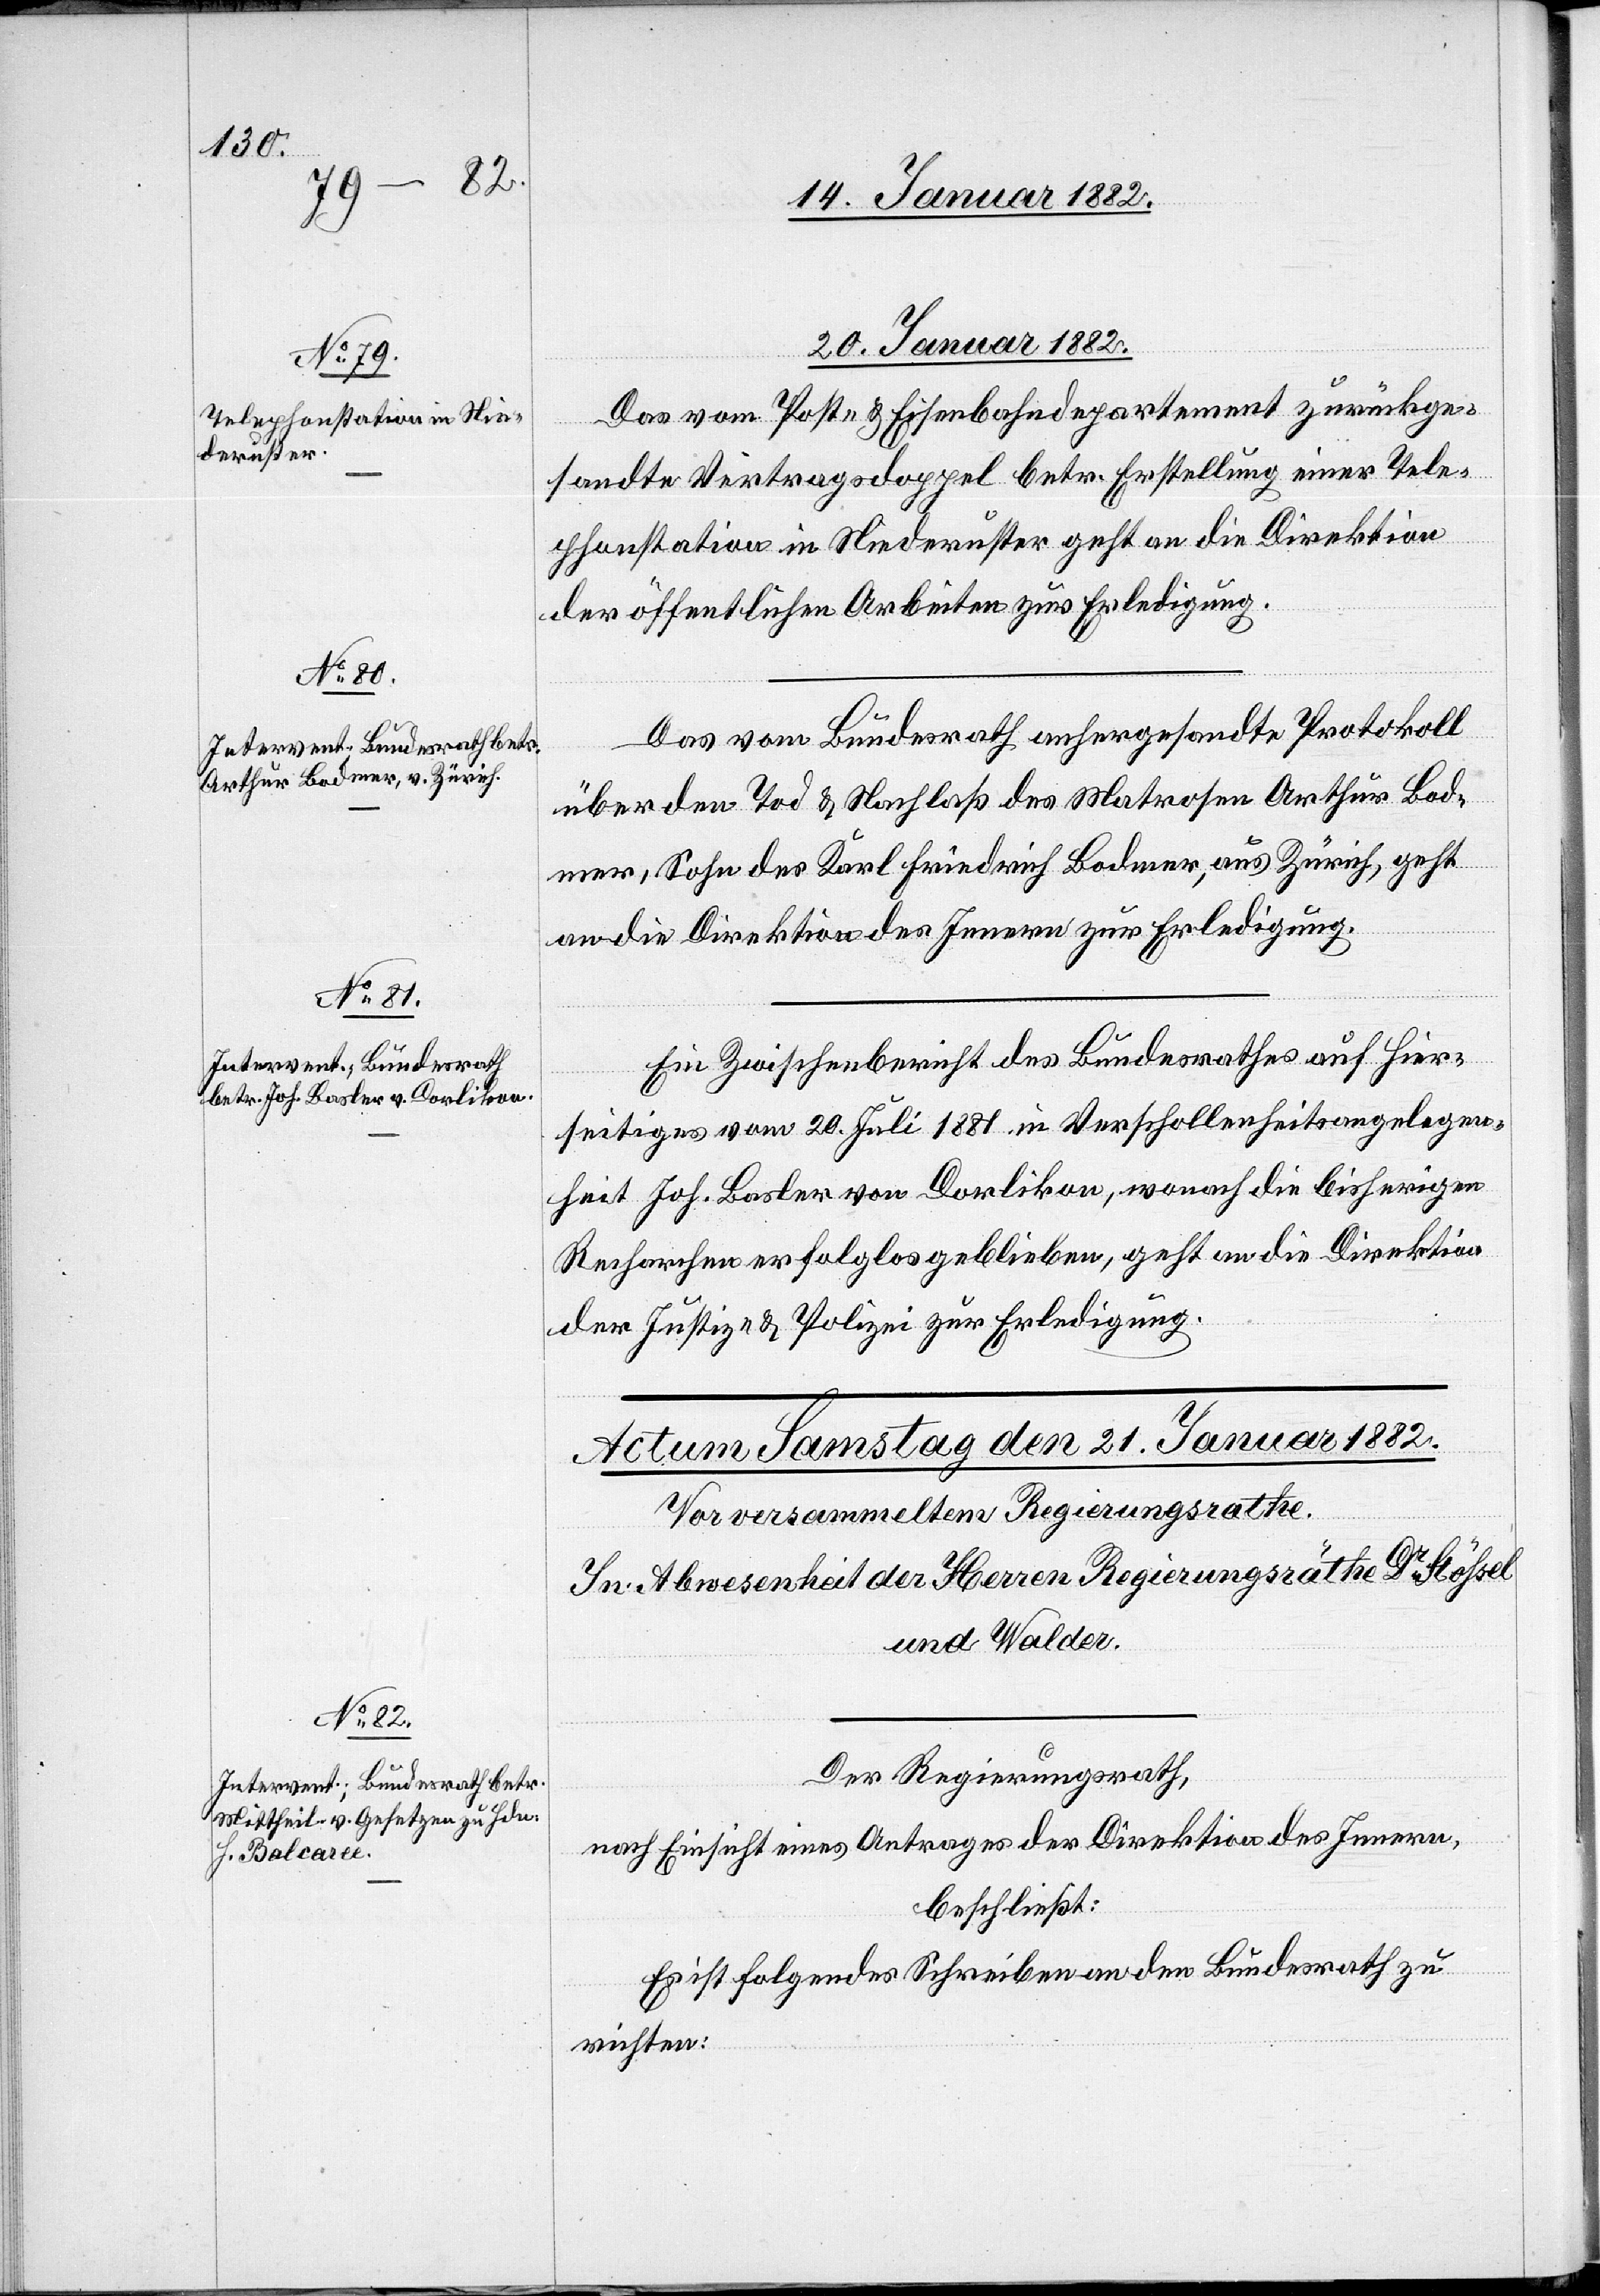
20. Januar 1882]
Das vom Post- & Eisenbahndepartement zurückge¬
sandte Vertragsdoppel betr. Erstellung einer Tele¬
phonstation in Niederuster geht an die Direktion
der öffentlichen Arbeiten zur Erledigung.
Das vom Bundesrath anhergesandte Protokoll
über den Tod & Nachlaß des Matrosen Arthur Bod¬
mer, Sohn des Karl Friedrich Bodmer, aus Zürich, geht
an die Direktion des Innern zur Erledigung.
Ein Zwischenbericht des Bundesrathes auf hier¬
seitigen vom 20. Juli 1881 in Verschollenheitsangelegen¬
heit Joh. Basler von Dorlikon, wonach die bisherigen
Recherchen erfolglos geblieben, geht an die Direktion
der Justiz- & Polizei zur Erledigung.
Der Regierungsrath,
nach Einsicht eines Antrages der Direktion des Innern,
beschließt:
Es ist folgendes Schreiben an den Bundesrath zu
richten: